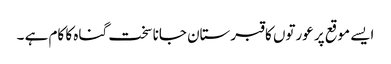
ایسے موقع پر عورتوں کا قبرستان جانا سخت گناہ کا کام ہے ۔